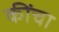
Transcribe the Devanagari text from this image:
कींचा